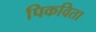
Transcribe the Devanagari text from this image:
पिकविता